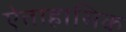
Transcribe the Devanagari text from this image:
ऐताहासिक